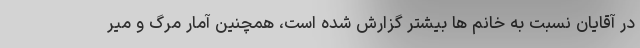
در آقایان نسبت به خانم ها بیشتر گزارش شده است، همچنین آمار مرگ و میر